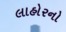
લાહોરનો